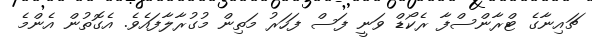
ޗައިނާގެ ޓްރާންސްފާ ރެކޯޑް ވަނީ ފަސް ފަހަރު މަތިން މުގުރާލާފައެވެ. އެގޮތުން އެންމެ